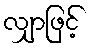
လျှာဖြင့်